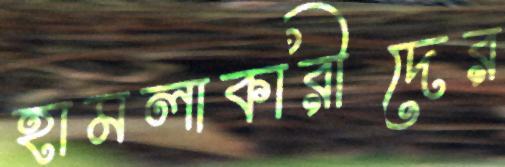
হামলাকারীদের